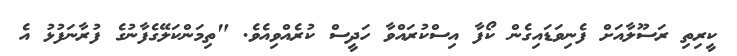
ކީރިތި ރަސޫލާއަށް ފެނިވަޑައިގެން ކޯފާ އިސްކުރައްވާ ހަދީސް ކުރެއްވިއެވެ. "ތިމަންކަލޭގެފާނުގެ ފުރާނަފުޅު އެ